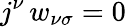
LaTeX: j^{\nu}\, w_{\nu\sigma}=0